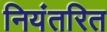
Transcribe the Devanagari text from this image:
नियंतरित